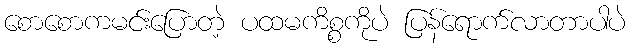
စောစောကမင်းပြောတဲ့ ပထမကိစ္စကိုပဲ ပြန်ရောက်လာတာပါပဲ